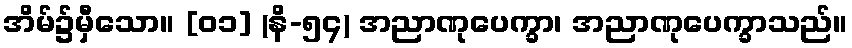
အိမ်၌မှီသော။ [၀၁] (နိ-၅၄) အညာဏုပေက္ခာ၊ အညာဏုပေက္ခာသည်။